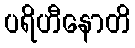
ပရိဟီနောတိ